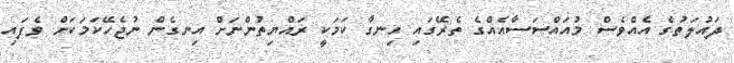
ދައުލަތުގެ އެއްވެސް މުއައްސަސާއެއްގެ ތެރޭގައި ހިނގާ ކަމަކީ ރައްޔިތުންނަށް އިނގެން ނުޖެހޭކަމަކަށް ވެފައި